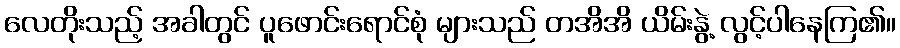
လေတိုးသည့် အခါတွင် ပူဖောင်းရောင်စုံ များသည် တအိအိ ယိမ်းနွဲ့ လွင့်ပါနေကြ၏။